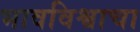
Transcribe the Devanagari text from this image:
भावविश्वाचा